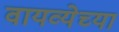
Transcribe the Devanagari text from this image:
वायव्येच्या